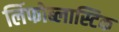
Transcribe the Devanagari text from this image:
लिंफोब्लास्टिक